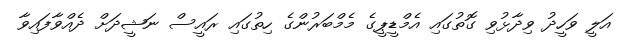
އަލީ ވަހީދު ވިދާޅުވި ގޮތުގައި އެމްޑީޕީގެ މެމްބަރުންގެ ހިތުގައި ރައީސް ނަޝީދަށް ދެއްވާފައިވާ